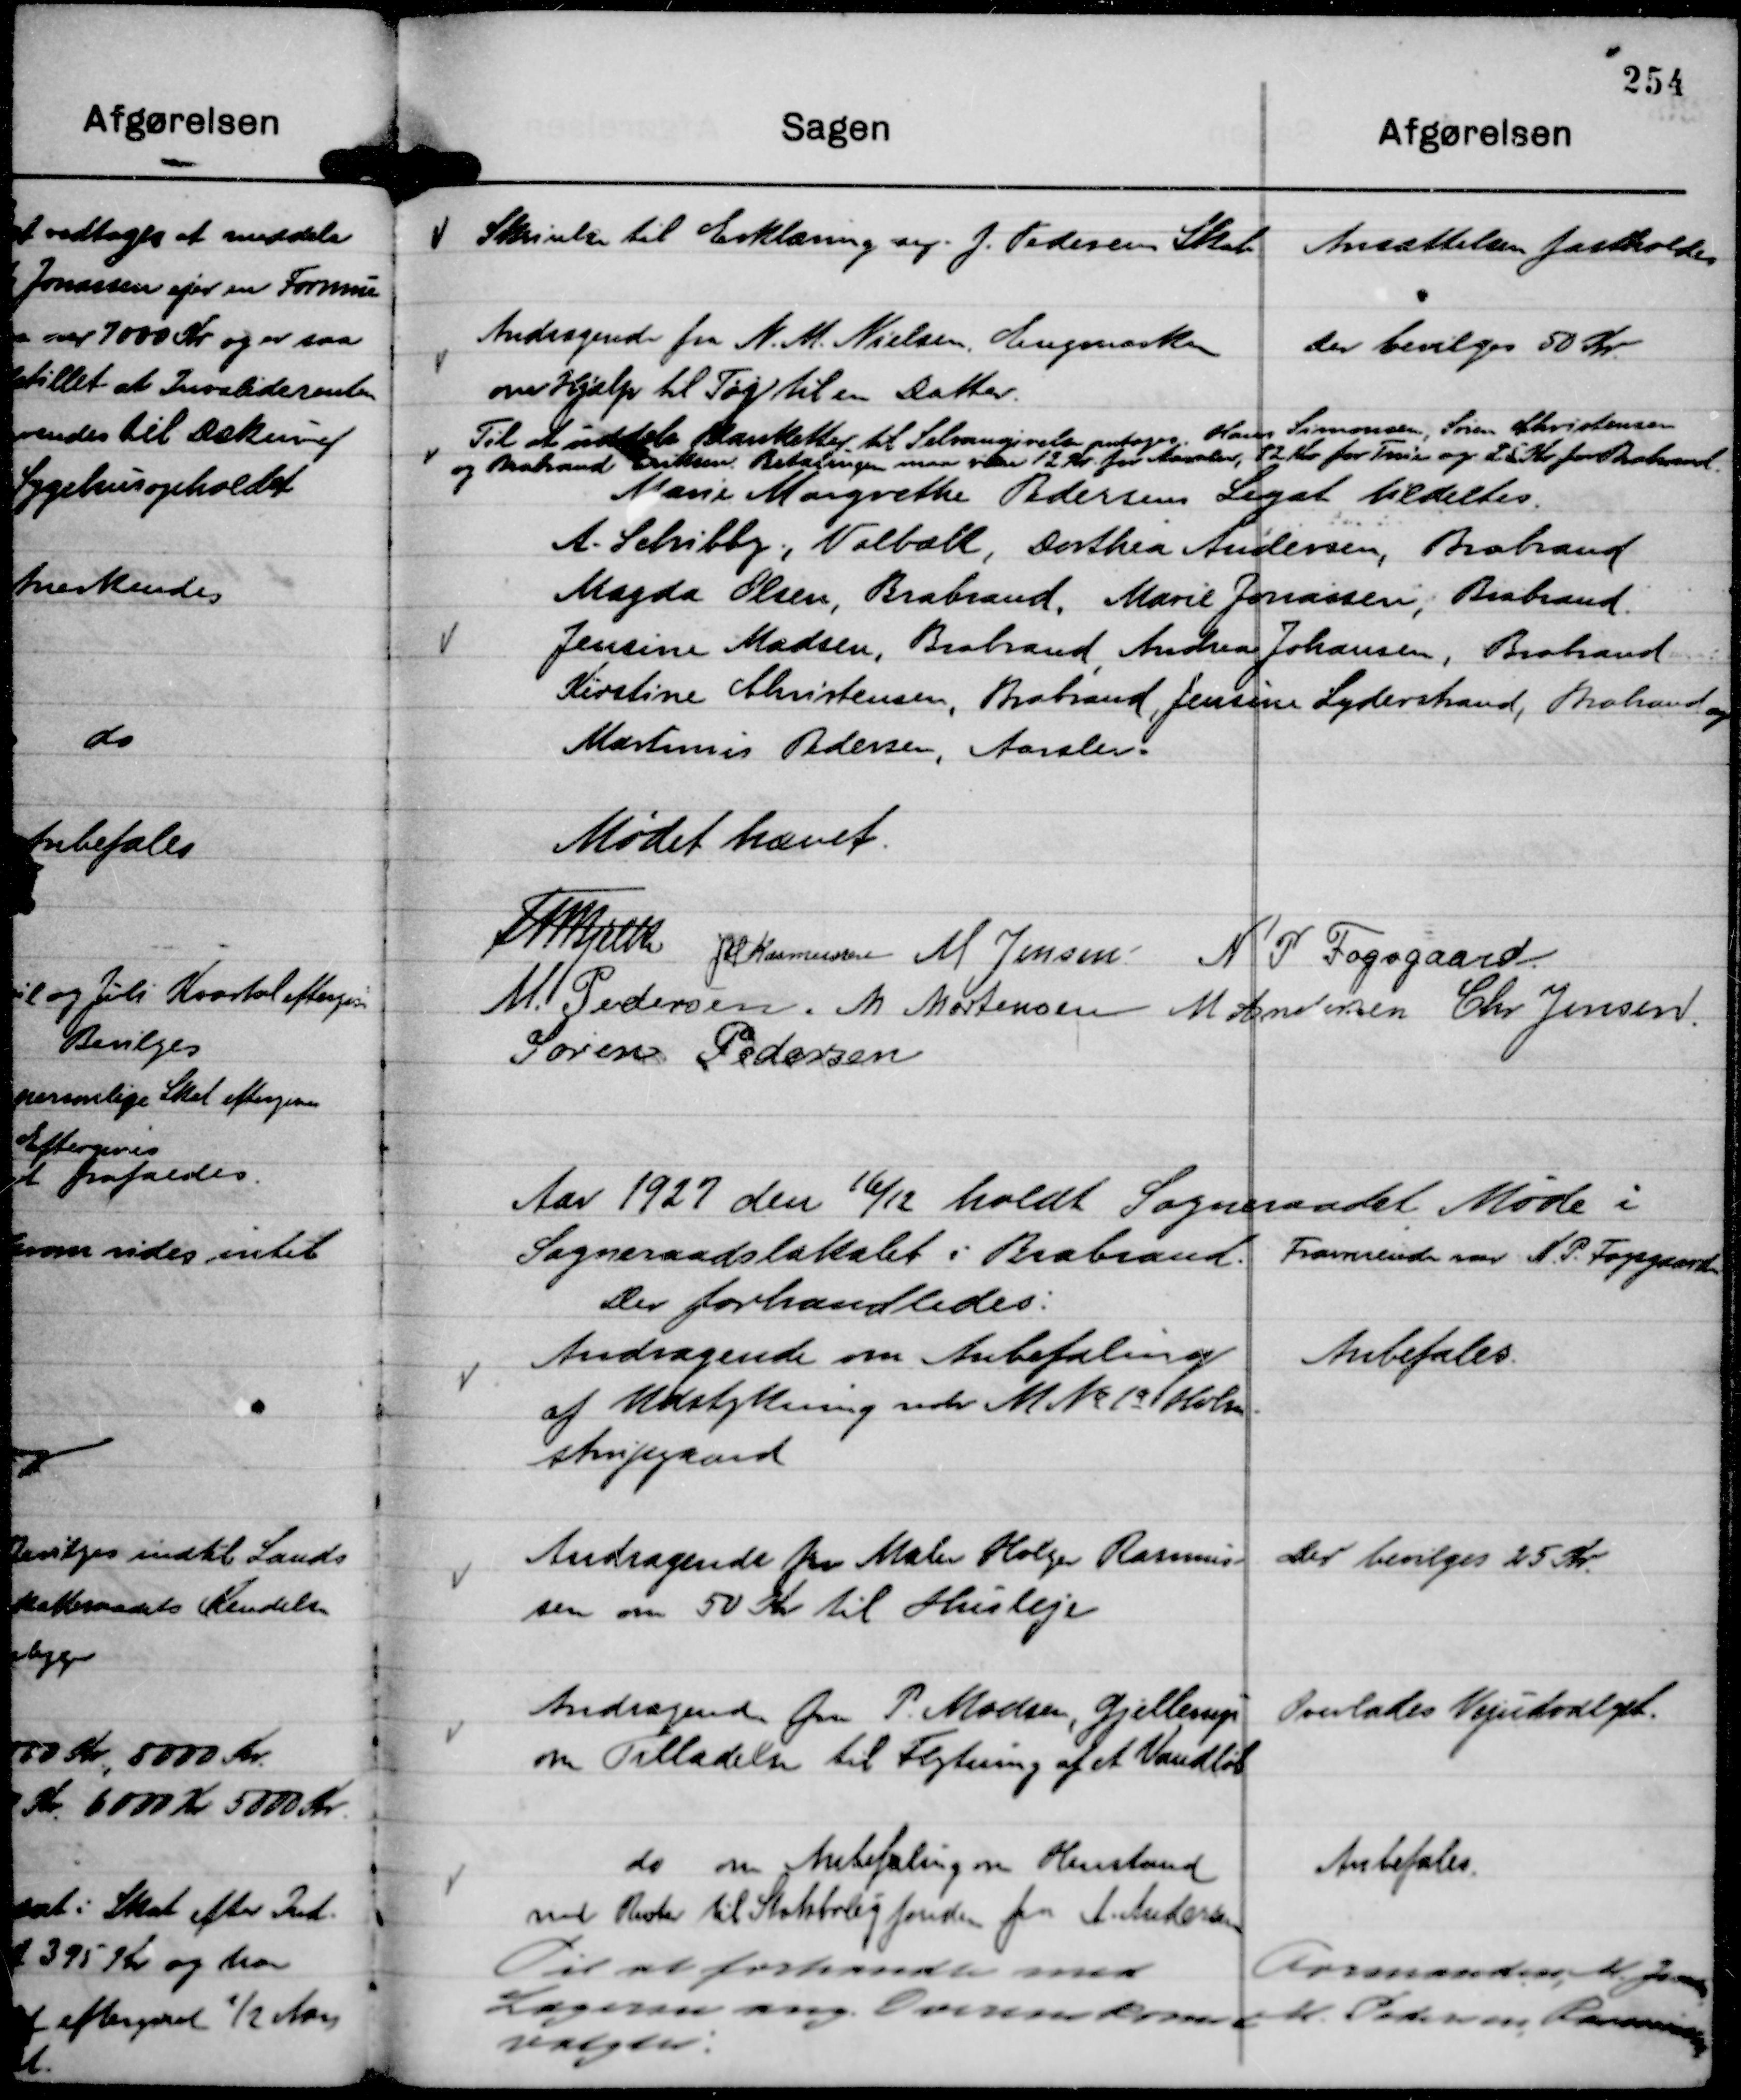
Transskription:
Skrivelse til Erklæring ang. J. Pedersens Skat

Ansættelsen fastholdes

Andragende fra N. M. Nielsen, Engmarken
om Hjælp til Tøj til en Datter.

Der bevilges 50 Kr.

Til at indkøbe Blanketter til Selvangivelse antages.
Hans Simonsen, Søren Christensen
og Brabrand Eriksen. Betalingen maa være 12 Kr for Aarslev,
12 Kr for True og 25 Kr for Brabrand.
Marie Magrethe Pedersens Legat tildeltes.
A. Schibby., Volbæk, Dorthea Andersen, Brabrand
Magda Olsen, Brabrand, Marie Jonassen, Brabrand.
Jensine Madsen, Brabrand, Andrea Johansen, Brabrand
Kirstine Christensen, Brabrand, Jensine Lyderstrand, Brabrand og
Martinus Pedersen, Aarslev.

Mødet hævet.
Th Bjelke
JM Rasmussen
M Jensen
N P Fogsgaard
M. Pedersen.
M Mortensen
M Andersen
Chr Jensen.
Søren Pedersen

Aar 1927 den 16/12 holdt Sogneraadet Møde i
Sogneraadslokalet i Brabrand. Fraværende var N. P. Fogsgaard
Der forhandledes:

Andragende om Anbefaling
af Udstykning vedr M No 1a Holm- 
strupgaard

Anbefales.

Andragende fra Maler Holger Rasmus-
sen om 50 Kr til Husleje

Der bevilges 25 Kr.

Andragende fra P. Madsen, Gjellerup
om Tilladelse til Flytning af et Vandløb

Overlades Vejudvalget.

do om Anbefaling om Henstand
med Renter til Statsboligfonden fra A. Andersen

Anbefales.

Til at forhandle med
Lægerne ang. Overenskomst
valgtes:

Formanden, M Jensen,
M. Pedersen, Rasmussen